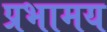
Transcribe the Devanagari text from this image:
प्रभामय